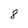
Character: 8